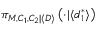
\pi _ { M , C _ { 1 } , C _ { 2 } | \langle \boldsymbol { D } \rangle } \left( \cdot | \langle \boldsymbol { d } _ { 1 } ^ { * } \rangle \right)